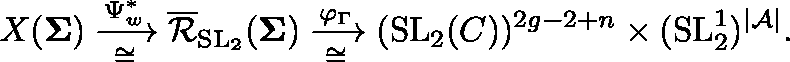
X ( \mathbf { \Sigma } ) \xrightarrow [ \cong ] { \Psi _ { w } ^ { * } } \overline { { \mathcal { R } } } _ { \operatorname { S L } _ { 2 } } ( \mathbf { \Sigma } ) \xrightarrow [ \cong ] { \varphi _ { \Gamma } } ( \operatorname { S L } _ { 2 } ( \mathbb { C } ) ) ^ { 2 g - 2 + n } \times ( \operatorname { S L } _ { 2 } ^ { 1 } ) ^ { | \mathcal { A } | } .